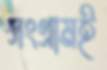
সংগ্রামই